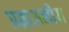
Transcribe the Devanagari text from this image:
प्रब्राजनीय